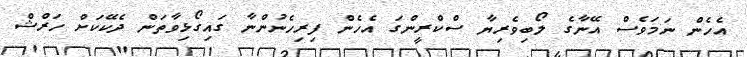
އެހެން ނަމަވެސް އޭނާގެ ލޯބިވެރިޔާ ސްކްރީންގަ އެހެން ފިރިހެނުންނާ ގައިގޯޅިވާތަން ދެކޭކަށް ހަރްޝް